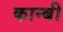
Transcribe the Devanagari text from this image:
कान्बी